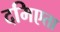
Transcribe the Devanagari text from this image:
दमिएता